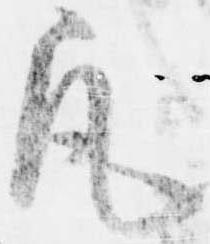
凡